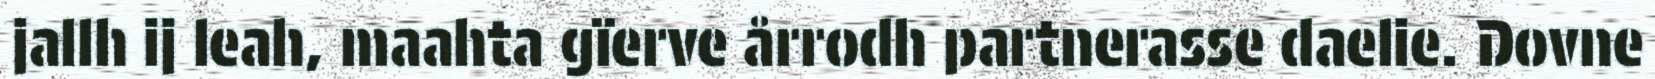
jallh ij leah, maahta gïerve årrodh partnerasse daelie. Dovne